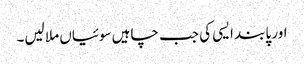
اور پابند ایسی کی جب چاہیں سوئیاں ملا لیں۔